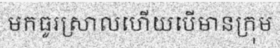
មកធូរស្រាលហើយបើមានក្រុម